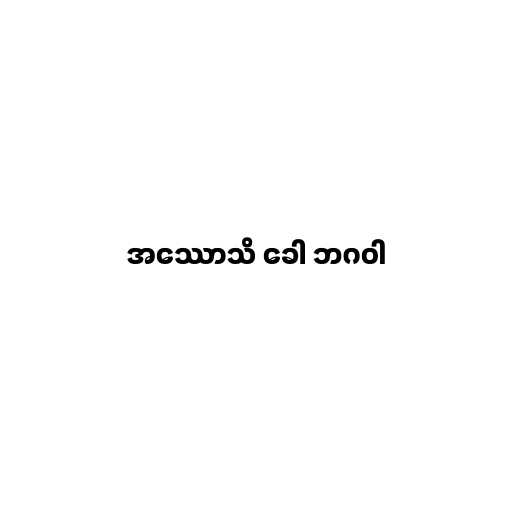
အဿောသိ ခေါ ဘဂဝါ